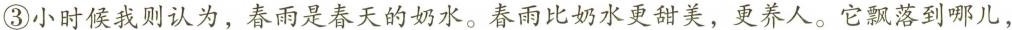
③小时侯我则认为，春雨是春天的奶水。春雨比奶水更甜美，更养人。它落到哪儿，